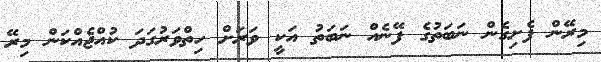
މިރޭން ފެށިގެން ނަބަތުގެ ފޭނެއް ނަބަތު އަކީ ވަރަށް ހިތްވަރުގަދަ ކުއްޖެއްކަން މިރޭ